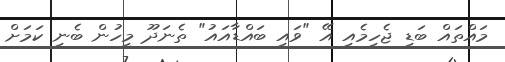
މައްތައް ބަޑި ޖެހިމެއި އޭ "ވައި ބައްޑާއައު" ތެނަދޫ މީހުން ބެނި ކަމަށް